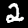
Label: 2